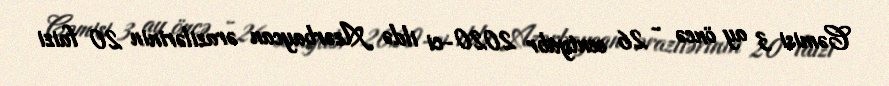
Cəmisi 3 ay öncə - 26 sentyabr 2020-ci ildə Azərbaycan ərazilərinin 20 faizi